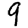
Digit: 9